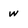
Character: w